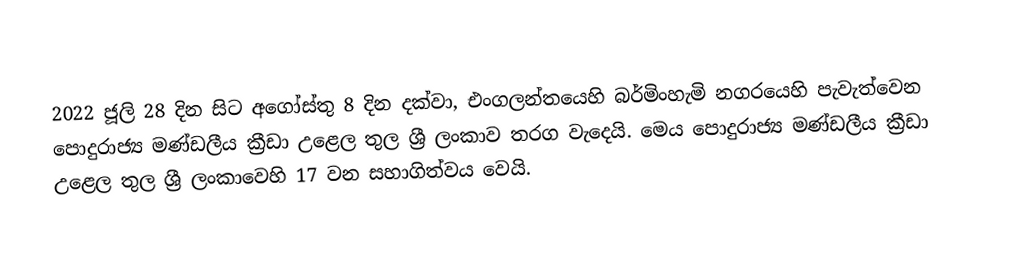
2022 ජූලි 28 දින සිට අගෝස්තු 8 දින දක්වා, එංගලන්තයෙහි බර්මිංහැමි නගරයෙහි පැවැත්වෙන පොදුරාජ්‍ය මණ්ඩලීය ක්‍රීඩා උළෙල තුල ශ්‍රී ලංකාව තරග වැදෙයි.  මෙය පොදුරාජ්‍ය මණ්ඩලීය ක්‍රීඩා උළෙල තුල ශ්‍රී ලංකාවෙහි 17 වන සහාගිත්වය වෙයි.